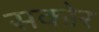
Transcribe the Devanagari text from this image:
सकोर